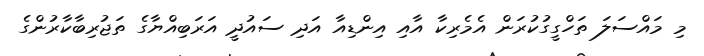
މި މައްސަލަ ތަހްގީގުކުރަން އެމެރިކާ އާއި އިންޑިއާ އަދި ސައުދީ އަރަބިއްޔާގެ ތަޖުރިބާކާރުންގެ